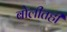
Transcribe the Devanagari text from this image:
बोलीतही